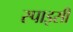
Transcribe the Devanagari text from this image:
स्पाइसी